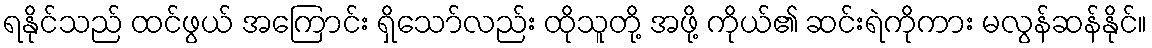
ရနိုင်သည် ထင်ဖွယ် အကြောင်း ရှိသော်လည်း ထိုသူတို့ အဖို့ ကိုယ်၏ ဆင်းရဲကိုကား မလွန်ဆန်နိုင်။